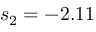
s _ { 2 } = - 2 . 1 1